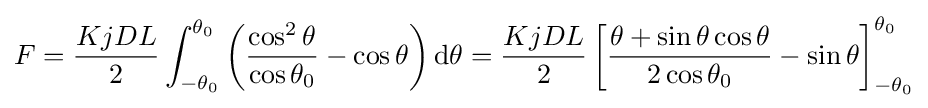
F={\frac {KjDL}{2}}\int _{-\theta _{0}}^{\theta _{0}}\left({\frac {\cos ^{2}\theta }{\cos \theta _{0}}}-\cos \theta \right)\mathrm {d} \theta ={\frac {KjDL}{2}}\left[{\frac {\theta +\sin \theta \cos \theta }{2\cos \theta _{0}}}-\sin \theta \right]_{-\theta _{0}}^{\theta _{0}}